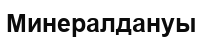
Минералдануы